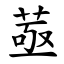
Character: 䓧